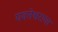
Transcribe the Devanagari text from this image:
यवतेश्वराचा